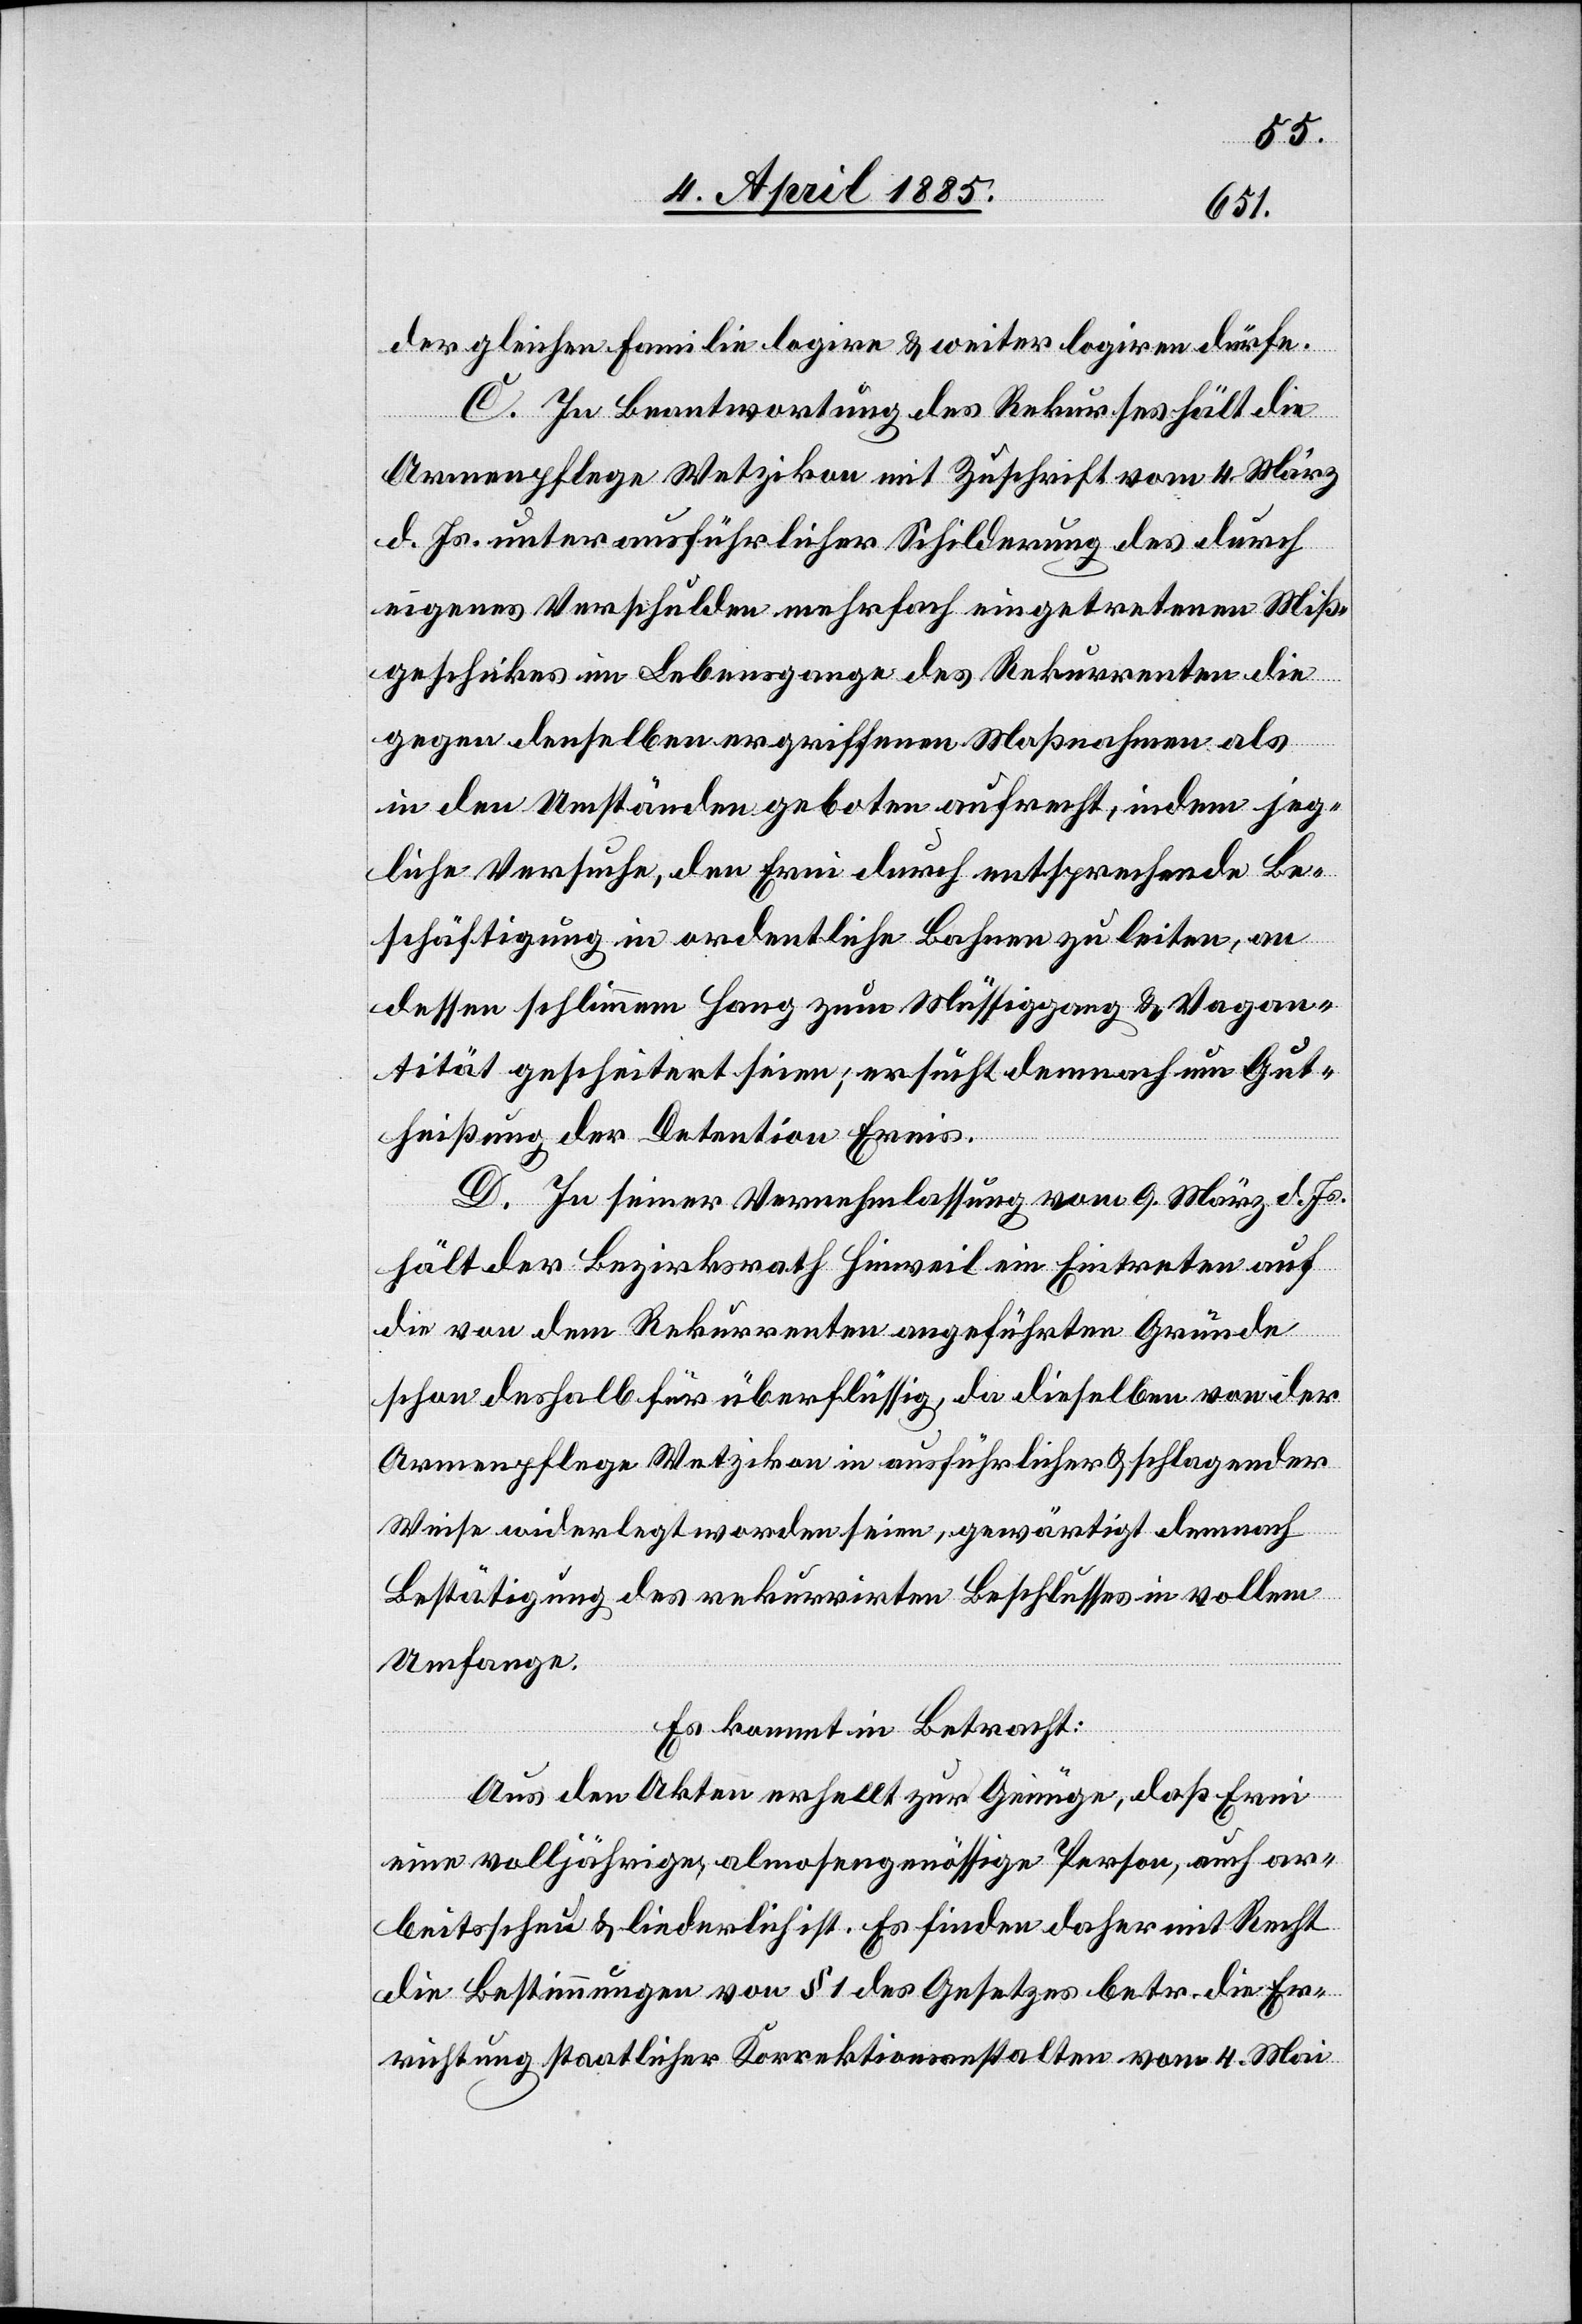
der gleichen Familie logire & weiter logiren dürfe.
C. In Beantwortung des Rekurses hält die
Armenpflege Wetzikon mit Zuschrift vom 4. März
d. Js unter ausführlicher Schilderung des durch
eigenes Verschulden mehrfach eingetretenen Miß¬
geschickes im Lebensgange des Rekurrenten die
gegen denselben ergriffenen Maßnahmen als
in den Umständen geboten aufrecht, indem jeg¬
liche Versuche, den Erni durch entsprechende Be¬
schäftigung in ordentliche Bahnen zu leiten, an
dessen schlimmen Hang zum Müssiggang & Vagan¬
tität gescheitert seien; ersucht demnach um Gut¬
heißung der Detention Ernis.
D. In seiner Vernehmlassung vom 9. März d. Js.
hält der Bezirksrath Hinweil ein Eintreten auf
die von dem Rekurrenten angeführten Gründe
schon deshalb für überflüssig, da dieselben von der
Armenpflege Wetzikon in ausführlicher & schlagender
Weise widerlegt worden seien, gewärtigt demnach
Bestätigung des rekurrirten Beschlusses in vollem
Umfange.
Es kommt in Betracht:
Aus den Akten erhellt zur Genüge, daß Erni
eine volljährige, almosengenössige Person, auch ar¬
beitsscheu & liederlich ist. Es finden daher mit Recht
die Bestimmungen von § 1 des Gesetzes betr. die Er¬
richtung staatlicher Korrektionsanstalten vom 4. Mai